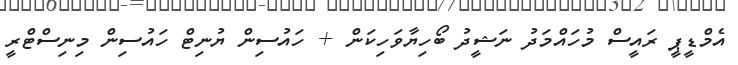
އެމްޑީޕީ ރައީސް މުހައްމަދު ނަޝީދު ބޯހިޔާވަހިކަން + ހައުސިން ޔުނިޓް ހައުސިން މިނިސްޓްރީ